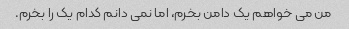
من می خواهم یک دامن بخرم، اما نمی دانم کدام یک را بخرم.